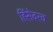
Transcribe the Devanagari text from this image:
हिंसेवरच